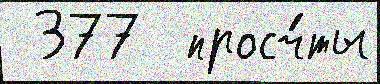
 377  просч́ты